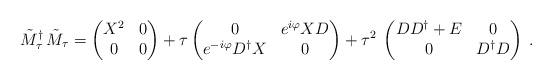
LaTeX: \begin{align*}\tilde{M}_\tau^\dagger \,\tilde{M}_\tau = \begin{pmatrix} X^2 & 0 \\0 & 0 \end{pmatrix} + \tau \begin{pmatrix} 0 & e^{i \varphi} X D \\e^{-i \varphi} D^\dagger X & 0 \end{pmatrix}+ \tau^2\: \begin{pmatrix} D D^\dagger+E & 0 \\ 0 & D^\dagger D \end{pmatrix} \:.\end{align*}